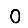
Digit: 0